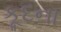
કૂદના